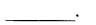
___.